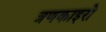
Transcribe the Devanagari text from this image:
त्रणकाइरो